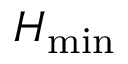
H _ { \mathrm { m i n } }